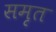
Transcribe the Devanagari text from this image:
समृत